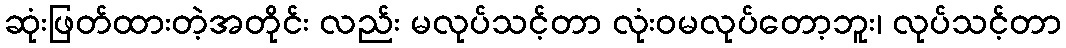
ဆုံးဖြတ်ထားတဲ့အတိုင်း လည်း မလုပ်သင့်တာ လုံးဝမလုပ်တော့ဘူး၊ လုပ်သင့်တာ